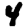
Digit: 4